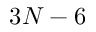
3 N - 6